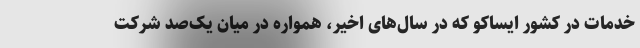
خدمات در کشور ایساکو که در سال‌های اخیر، همواره در میان یک‌صد شرکت